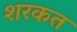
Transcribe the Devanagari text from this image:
शरकत